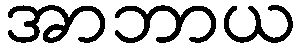
အာဘာယ